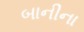
બાનીના